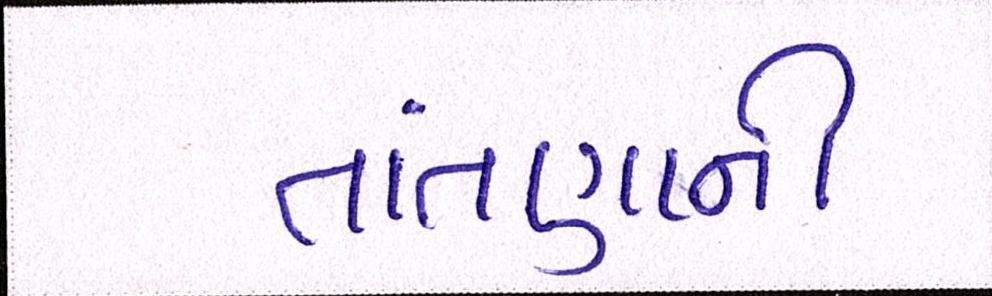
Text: તાંતણાની